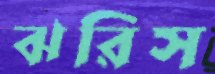
ঝরিস